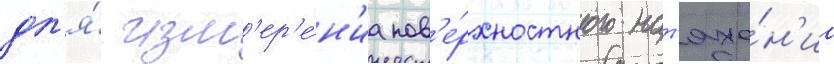
дл'я́ изм'ер'е́н'иа пов'е́рхностного нат'яже́н'иа